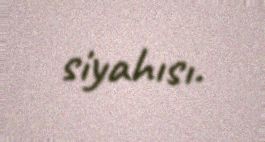
siyahısı.